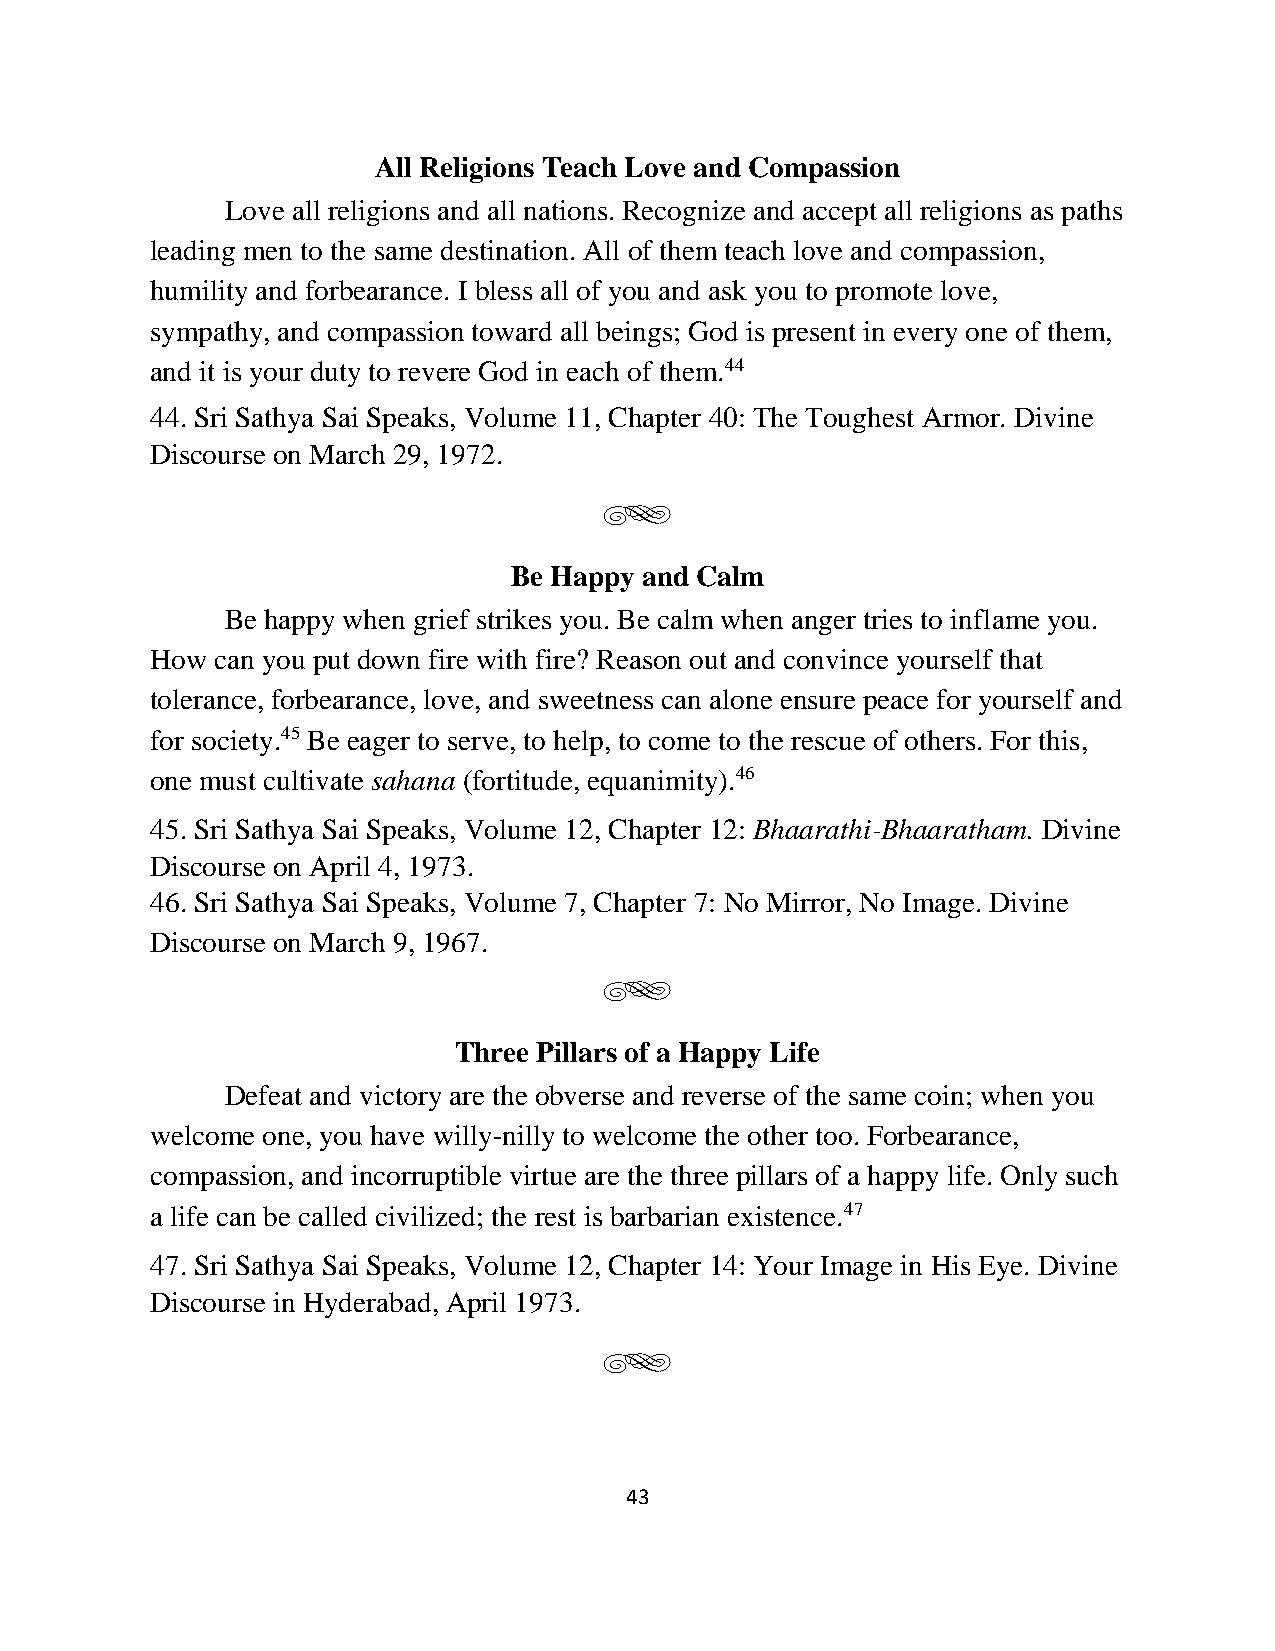
All Religions Teach Love and Compassion
 Love all religions and all nations. Recognize and accept all religions as paths
 leading men to the same destination. All of them teach love and compassion,
 humility and forbearance. I bless all of you and ask you to promote love,
 sympathy, and compassion toward all beings; God is present in every one of them,
 and it is your duty to revere God in each of them.44
 44. Sri Sathya Sai Speaks, Volume 11, Chapter 40: The Toughest Armor. Divine
 Discourse on March 29, 1972.
 g
 Be Happy and Calm
 Be happy when grief strikes you. Be calm when anger tries to inflame you.
 How can you put down fire with fire? Reason out and convince yourself that
 tolerance, forbearance, love, and sweetness can alone ensure peace for yourself and
 for society.45 Be eager to serve, to help, to come to the rescue of others. For this,
 one must cultivate sahana (fortitude, equanimity).46
 45. Sri Sathya Sai Speaks, Volume 12, Chapter 12: Bhaarathi-Bhaaratham. Divine
 Discourse on April 4, 1973.
 46. Sri Sathya Sai Speaks, Volume 7, Chapter 7: No Mirror, No Image. Divine
 Discourse on March 9, 1967.
 g
 Three Pillars of a Happy Life
 Defeat and victory are the obverse and reverse of the same coin; when you
 welcome one, you have willy-nilly to welcome the other too. Forbearance,
 compassion, and incorruptible virtue are the three pillars of a happy life. Only such
 a life can be called civilized; the rest is barbarian existence.47
 47. Sri Sathya Sai Speaks, Volume 12, Chapter 14: Your Image in His Eye. Divine
 Discourse in Hyderabad, April 1973.
 g
 43